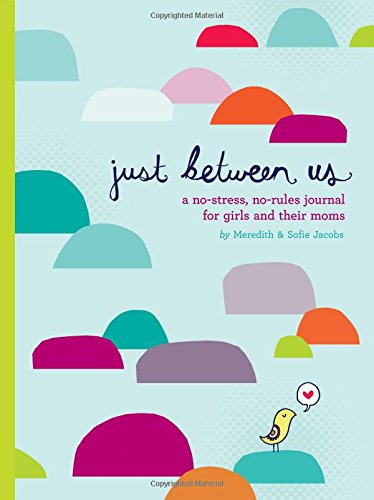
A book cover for Just Between Us: A No-Stress, No-Rules Journal for Girls and Their Moms; Meredith Jacobs; Children's Books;